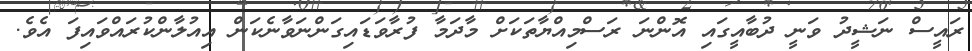
ރައީސް ނަޝީދު ވަނީ ދުބާއީގައި އޮންނަ ރަސްމިއްޔާތަކަށް މާދަމާ ފުރާވަޑައިގަންނަވާނެކަން އިއުލާންކުރައްވައިފަ އެވެ.